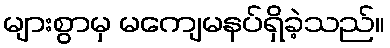
များစွာမှ မကျေမနပ်ရှိခဲ့သည်။